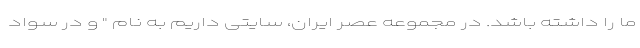
ما را داشته باشد. در مجموعه عصر ایران، سایتی داریم به نام " و در سواد